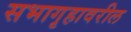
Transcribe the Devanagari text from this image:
सभागृहावरील